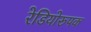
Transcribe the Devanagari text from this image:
रेडियोरूपक